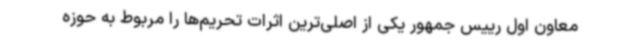
معاون اول رییس جمهور یکی از اصلی‌ترین اثرات تحریم‌ها را مربوط به حوزه